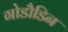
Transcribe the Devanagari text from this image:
गोडौडिन